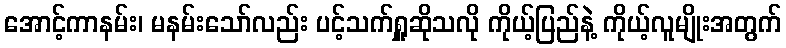
အောင့်ကာနမ်း၊ မနမ်းသော်လည်း ပင့်သက်ရှူဆိုသလို ကိုယ့်ပြည်နဲ့ ကိုယ့်လူမျိုးအတွက်